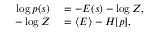
\begin{array} { r } { \begin{array} { r l } { \log p ( s ) } & { { } = - E ( s ) - \log Z , } \\ { - \log Z } & { { } = \left< E \right> - H [ p ] , } \end{array} } \end{array}